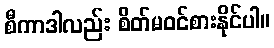
စီကာဒါလည်း စိတ်မဝင်စားနိုင်ပါ။